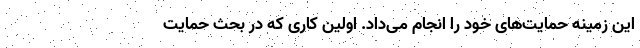
این زمینه حمایت‌های خود را انجام می‌داد. اولین کاری که در بحث حمایت